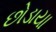
છોડાયા